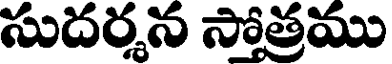
సుదర్శన స్తోత్రము